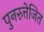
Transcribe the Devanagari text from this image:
पुनरुत्तेजित